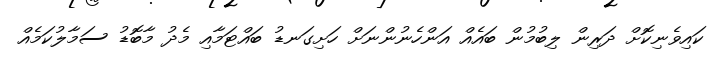
ކައިވެނިކޮށް ދަރިން ލިބުމުން ބައެއް އަންހެނުންނަށް ހަށިގަނޑު ބައްޓަމާއި މެދު މާބޮޑު ސަމާލުކަމެއް